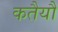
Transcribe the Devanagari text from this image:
कतैयौं